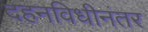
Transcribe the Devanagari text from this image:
दहनविधीनंतर